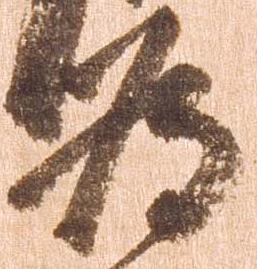
為